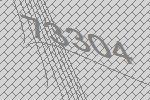
73304